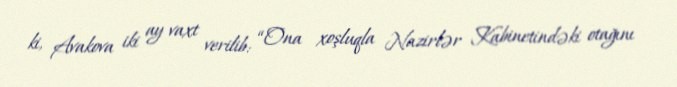
ki, Avakova iki ay vaxt verilib: “Ona xoşluqla Nazirlər Kabinetindəki otağını